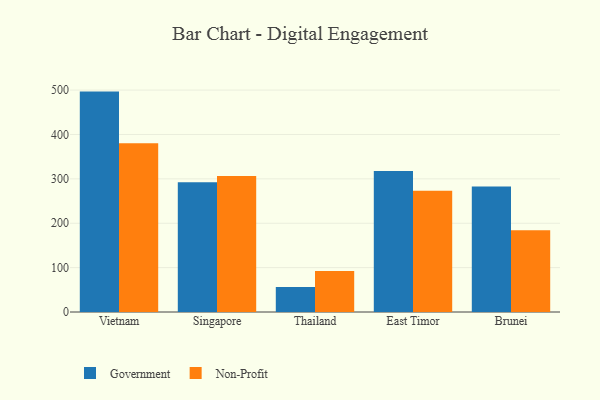
{"axis": {"x": "Country", "y": "Latency (ms)"}, "legend": ["Government", "Non-Profit"], "data": [{"x": "Vietnam", "y": 496.6, "type": "Government"}, {"x": "Vietnam", "y": 380.3, "type": "Non-Profit"}, {"x": "Singapore", "y": 292.5, "type": "Government"}, {"x": "Singapore", "y": 306.7, "type": "Non-Profit"}, {"x": "Thailand", "y": 56.1, "type": "Government"}, {"x": "Thailand", "y": 92.2, "type": "Non-Profit"}, {"x": "East Timor", "y": 317.5, "type": "Government"}, {"x": "East Timor", "y": 273.3, "type": "Non-Profit"}, {"x": "Brunei", "y": 282.5, "type": "Government"}, {"x": "Brunei", "y": 184.0, "type": "Non-Profit"}]}